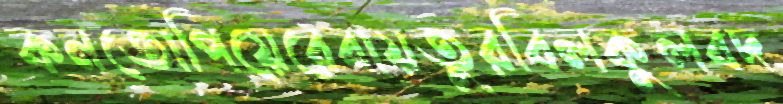
কনতোপিয়েরেবায়তুরবিলকুলবদ